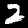
Label: 2